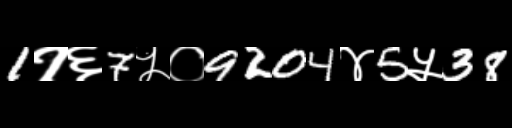
Text: 1१६7५०9204४5५38